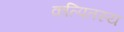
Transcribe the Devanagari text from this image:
कल्पितस्य